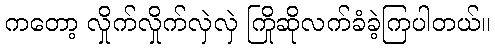
ကတော့ လှိုက်လှိုက်လှဲလှဲ ကြိုဆိုလက်ခံခဲ့ကြပါတယ်။